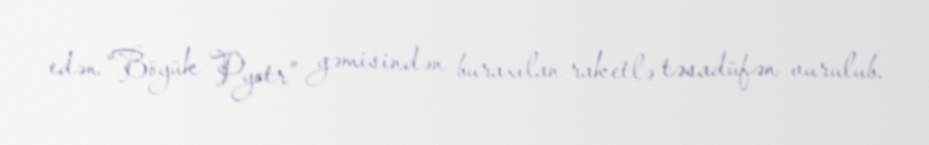
edən “Böyük Pyotr” gəmisindən buraxılan raketlə təsadüfən vurulub.